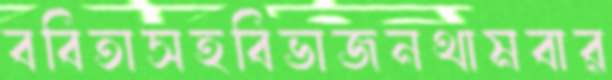
ববিতাসহবিভাজনথামবার